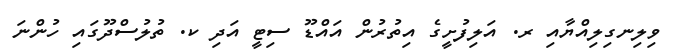
ވިލިނގިލިއްޔާއި ރ. އަލިފުށީގެ އިތުރުން އައްޑޫ ސިޓީ އަދި ކ. ތުލުސްދޫގައި ހުންނަ